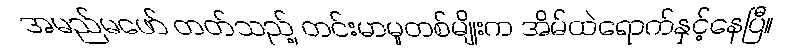
အမည်မဖော် တတ်သည့် တင်းမာမှုတစ်မျိုးက အိမ်ထဲရောက်နှင့်နေပြီ။